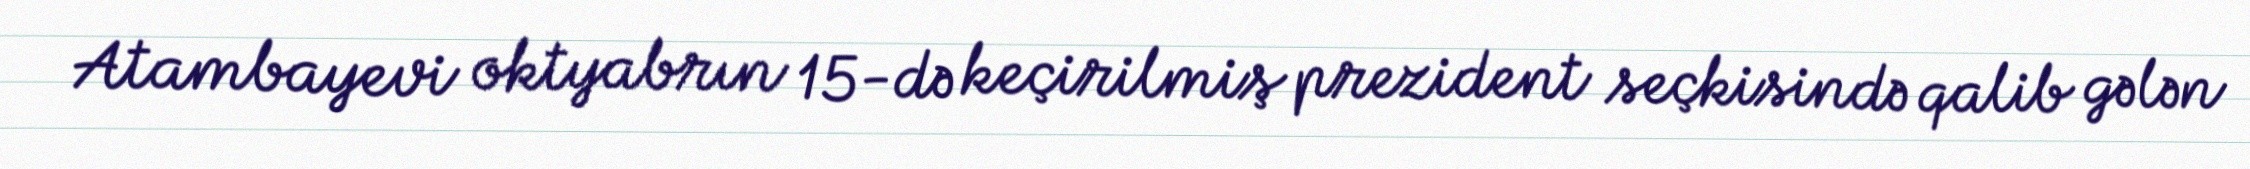
Atambayevi oktyabrın 15-də keçirilmiş prezident seçkisində qalib gələn